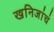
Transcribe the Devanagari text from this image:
खनिजांचं